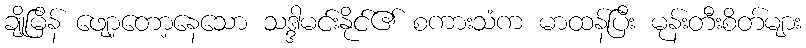
ချိုမြိန် ဖျော့တော့နေသော သဒ္ဒါမင်းနိုင်၏ စကားသံက မာထန်ပြီး မုန်းတီးစိတ်များ